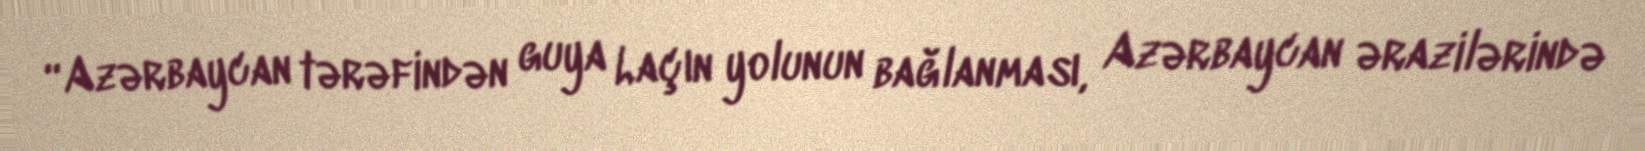
“Azərbaycan tərəfindən guya Laçın yolunun bağlanması, Azərbaycan ərazilərində